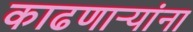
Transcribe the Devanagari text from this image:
काढणाऱ्यांना